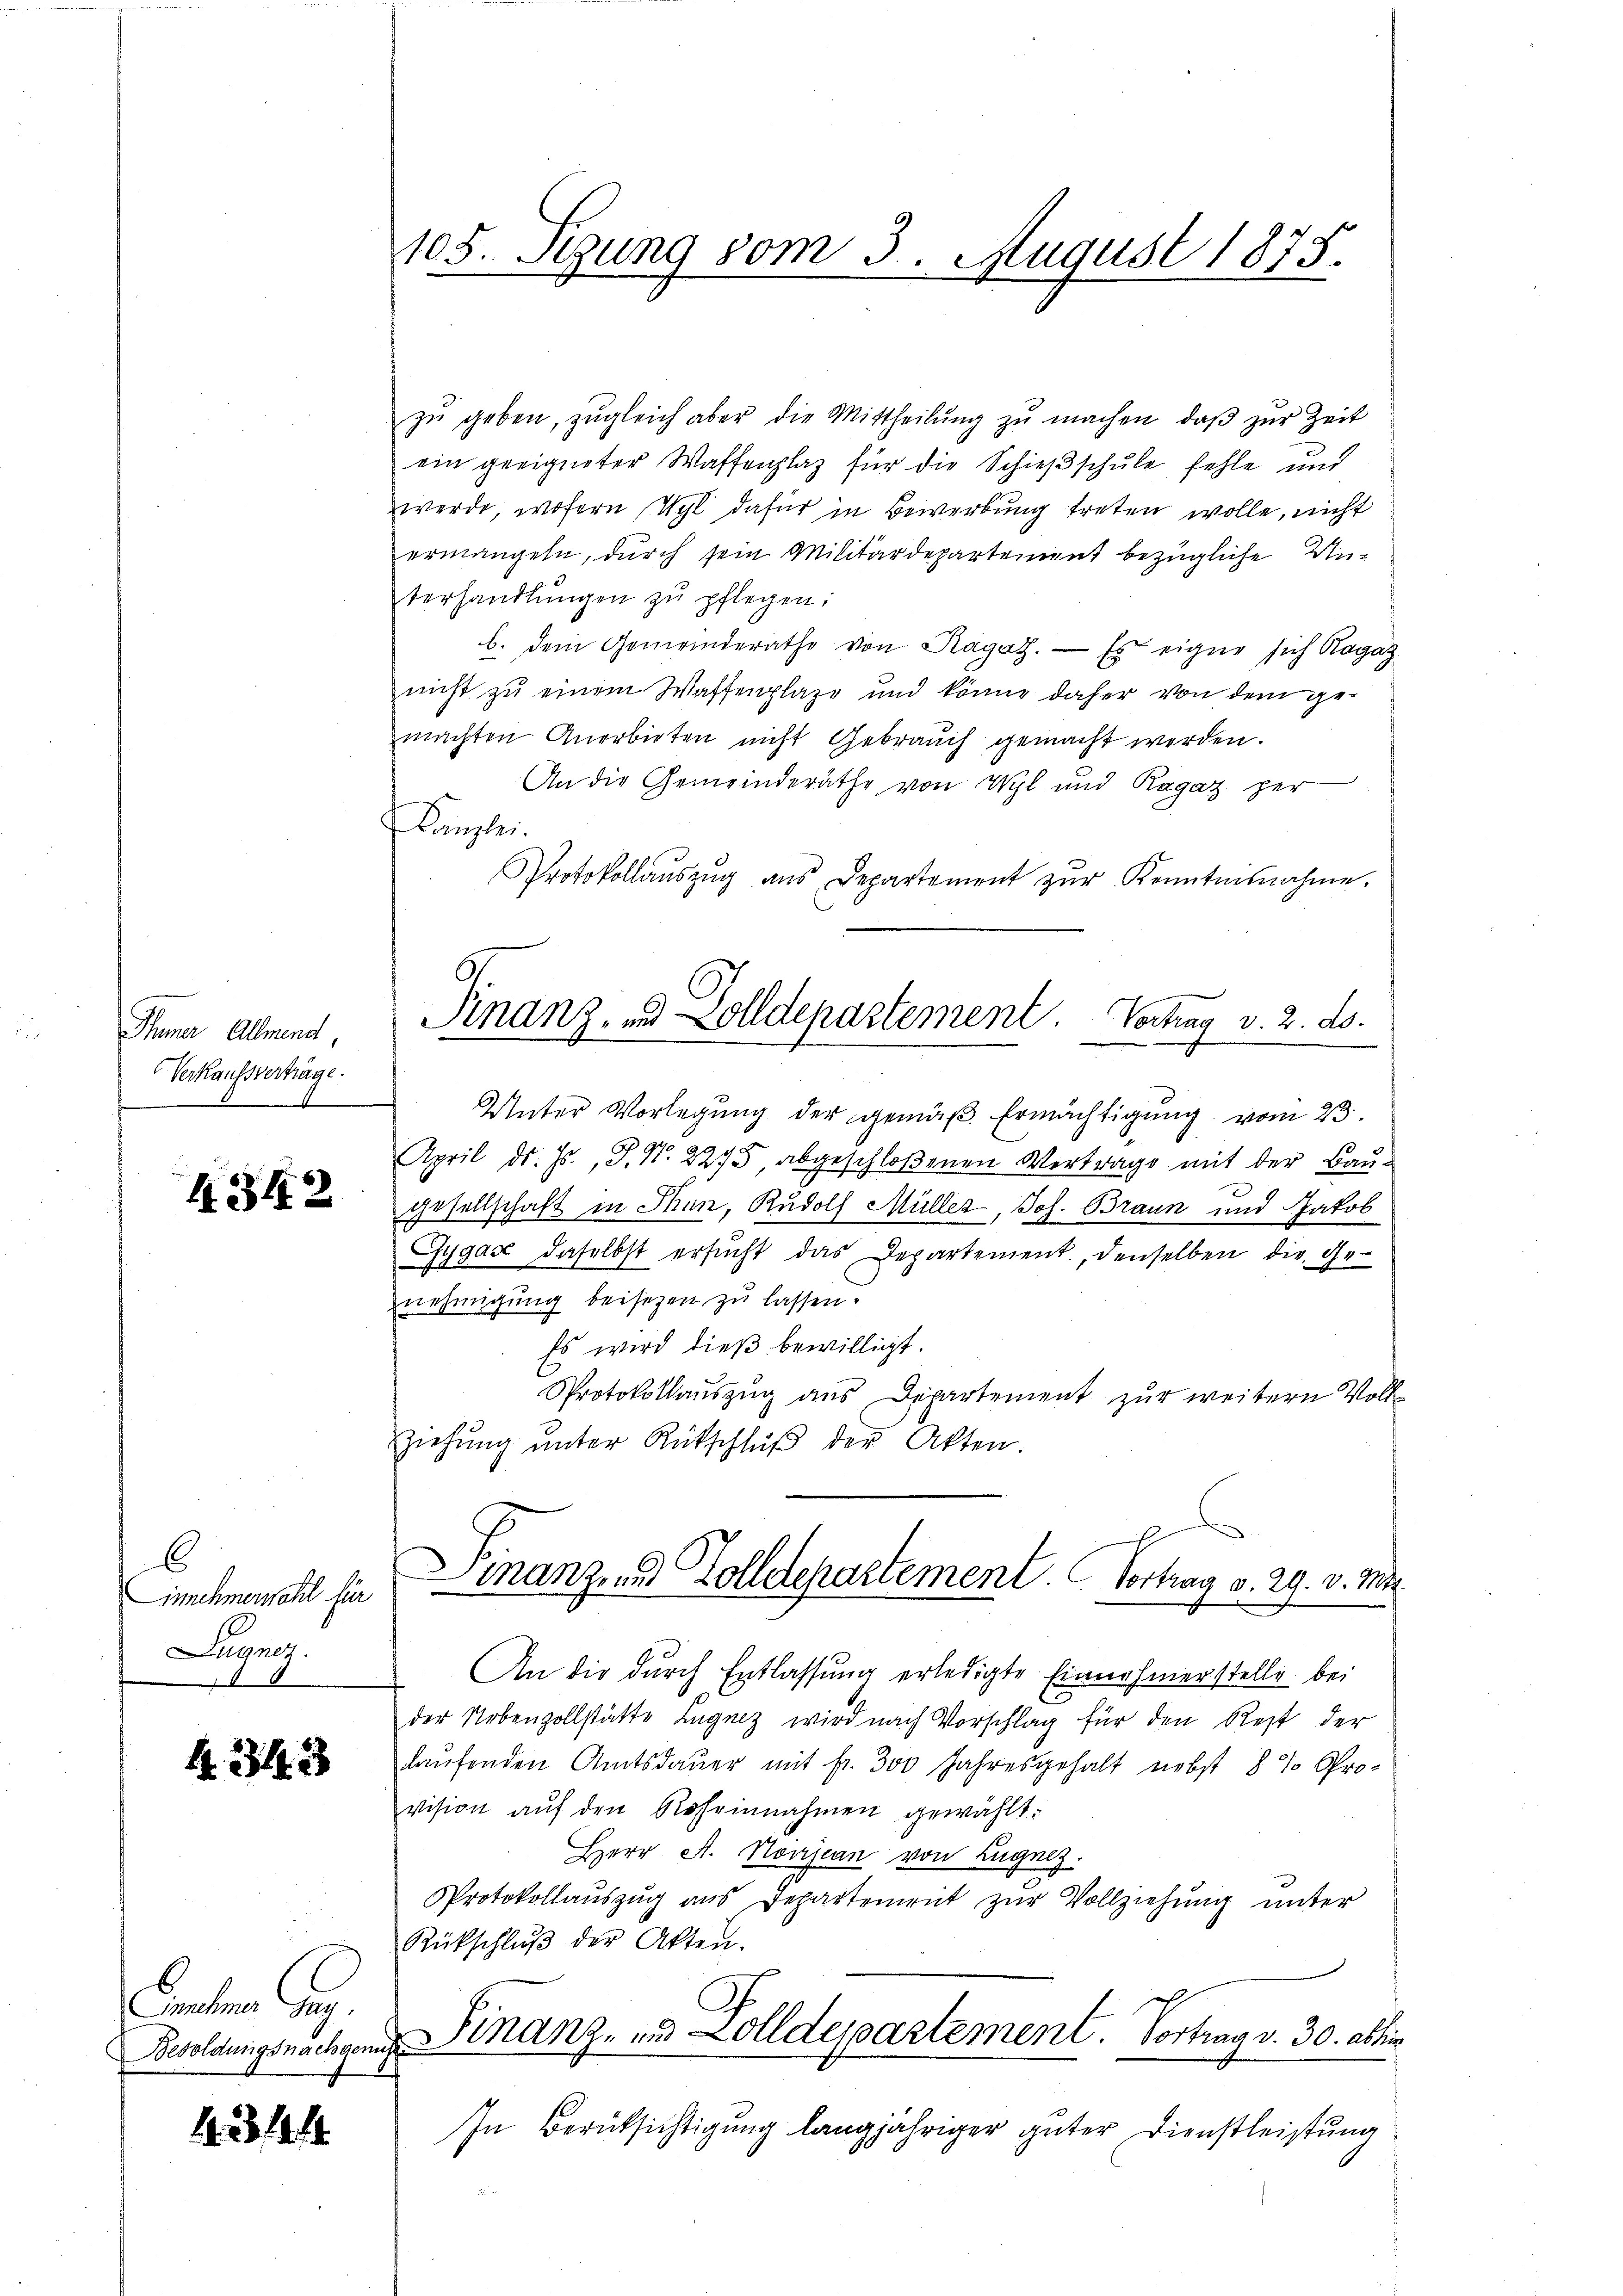
Thuner Allmend,
Verkaufsverträge.
b.

6
innehmerwahl für
Lugng.

Canalena Ges.

1231444

1105. Setzung vom 3. August 1875.

zŭ geben, zŭgleich aber die Mittheilŭng zŭ machen, daß zur Zeit
ein geeigneter Waffenplaz für die Schießschule fehle und
werde, wofern Wyl dafür in Bewerbung treten wolle, nicht
ermangeln, durch sein Militärdepartement bezügliche Unterhandlŭngen zŭ pflegen:
b. Dem Gemeinderathe von Ragat. — Es eigne sich Ragaz
nicht zu einem Waffenplaze und könne daher von dem gemachten Anerbieten nicht Gebrauch gemacht werden.
An die Gemeinderäthe von Wyl und Ragaz per
Kunsten.
Protokollaŭszŭg ans Departement zŭr Kenntnisnahme.
Unter Vorlegŭng der gemäβ Ermächtigŭng vom 23.
April d. Js., S. Nr. 2275, abgeschloßenen Vertrage mit der Bau¬
 gesellschaft in Thun, Rudolf Müller, Joh. Braun und Jakob
Cygast daselbst ersŭcht das Departement, denselben die Genehmigung beisetzen zu lassen.
Es wird dieß bewilligt.
Protokollaŭszŭg aŭs Departement zŭr weitern Voll-
Ziehŭng ŭnter Rückschlŭβ der Akten.
manzend Zolldepartement. Vortrag v. 29. v. M.
An die durch Entlassung erledigte Einnahmerstelle bei
der Nebenzollstätte Lugnez wird nach Vorschlag für den Rest der
 laufenden Amtsdauer mit fr. 300 Jahresgehalt nebst 8 % Pro-
vision aŭf den Roheinnahmen gewählt:
Herr A. Noirjean von Zugnez.
Protokollaŭszŭg ans Departement zŭr Vollziehung unter
Rückschlŭβ der Akten.
Besoldungsnachgend Finanz, und Zolldepartement. Vortrag v. 30. alter
In Berüksichtigung langjähriger güter Dienstleistung

Finanz- u. Zolldepartement. Vortrag v. 2. ds.